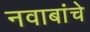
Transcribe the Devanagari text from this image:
नवाबांचे